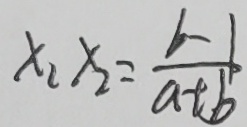
x _ { 1 } x _ { 2 } = \frac { b - 1 } { a + b }